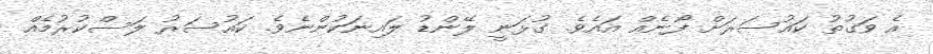
އެ ވަގުތު ކައުސަރަށް ފޯނެއް އައެވެ. ގުޅަނީ ލޭންޑު ލައިނަކުންނެވެ. ކައުސަރު ލަސްކުރުމެއް